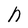
Character: h